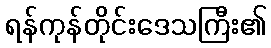
ရန်ကုန်တိုင်းဒေသကြီး၏